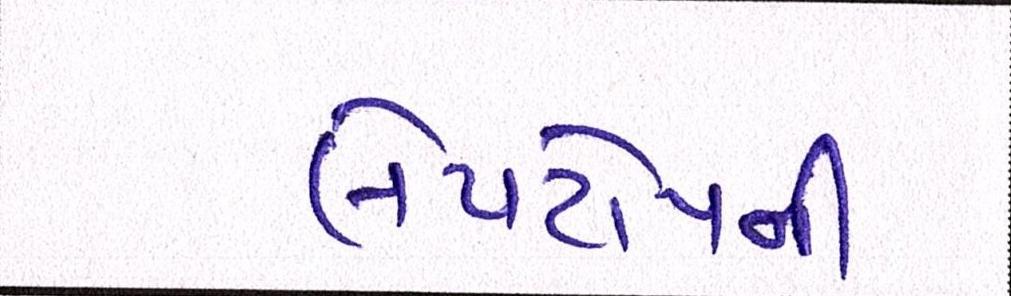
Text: લેપટોપની